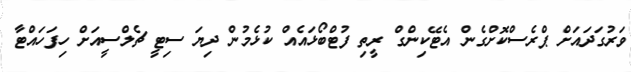
ވަރުގަދައަށް ޕްރެސްކޮށްގެން އެޓޭކިންގް ރީތި ފުޓްބޯޅައެއް ކުޅެމުން ދިޔަ ސިޓީ ޗެލްސީއަށް ހިފަހައްޓާ